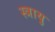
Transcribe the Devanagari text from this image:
स्त्रायु